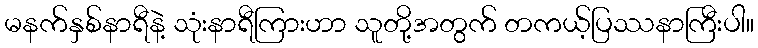
မနက်နှစ်နာရီနဲ့ သုံးနာရီကြားဟာ သူတို့အတွက် တကယ့်ပြဿနာကြီးပါ။